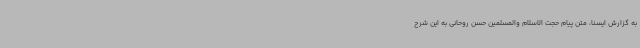
به گزارش ایسنا، متن پیام حجت الاسلام والمسلمین حسن روحانی به این شرح